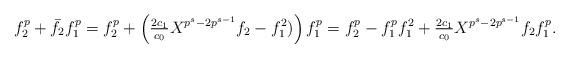
LaTeX: \begin{align*} f_2^p+{\bar f_2}f_1^p = f_2^p+\left(\tfrac{2c_1}{c_0}X^{p^s-2p^{s-1}}f_2 -f_1^2) \right)f_1^p = f_2^p -f_1^pf_1^2 +\tfrac{2c_1}{c_0}X^{p^s-2p^{s-1}}f_2 f_1^p.\end{align*}